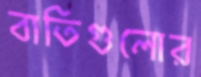
বাতিগুলোর